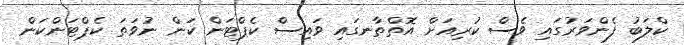
ކްލަބު ފެންވަރުގައި ވެސް ކުރިއަށް އޮތްތާނގައި ވައިސް ކެޕްޓަން ކަން ނުވަތަ ކެޕްޓަންކަން